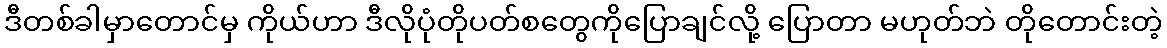
ဒီတစ်ခါမှာတောင်မှ ကိုယ်ဟာ ဒီလိုပုံတိုပတ်စတွေကိုပြောချင်လို့ ပြောတာ မဟုတ်ဘဲ တိုတောင်းတဲ့